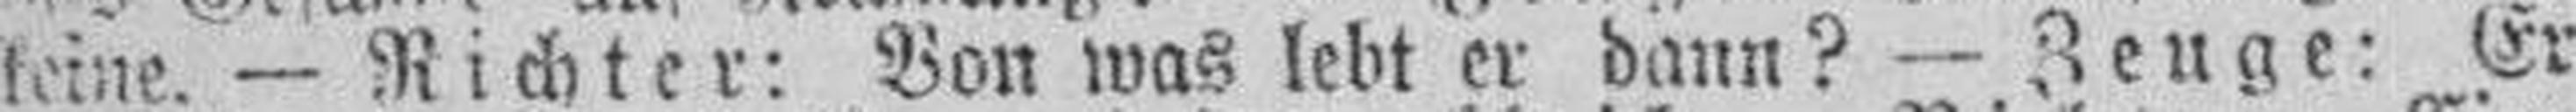
keine. — Richter: Von was lebt er dann? — Zeuge: Er